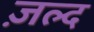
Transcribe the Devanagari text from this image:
ज़ल्द